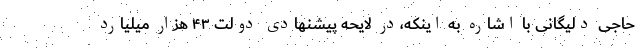
حاجی دلیگانی با اشاره به اینکه،‌در لایحه پیشنهادی دولت ۴۳ هزار میلیارد